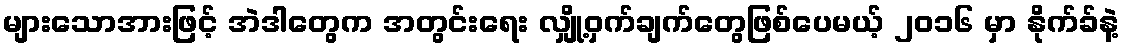
များသောအားဖြင့် အဲဒါတွေက အတွင်းရေး လျှို့ဝှက်ချက်တွေဖြစ်ပေမယ့် ၂၀၁၆ မှာ နိုက်ခ်နဲ့